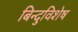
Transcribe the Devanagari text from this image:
बिन्दुविशेष